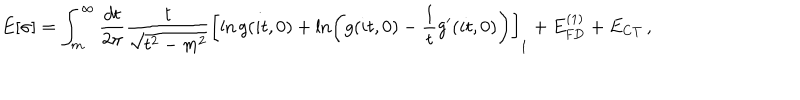
LaTeX: E [ \sigma ] = \int _ { m } ^ { \infty } \frac { d t } { 2 \pi } \frac { t } { \sqrt { t ^ { 2 } - m ^ { 2 } } } \left[ \ln g ( i t , 0 ) + \ln \left( g ( i t , 0 ) - \frac { 1 } { t } g ^ { \prime } ( i t , 0 ) \right) \right] _ { 1 } + E _ { \mathrm { F D } } ^ { ( 1 ) } + E _ { \mathrm { C T } } \, ,